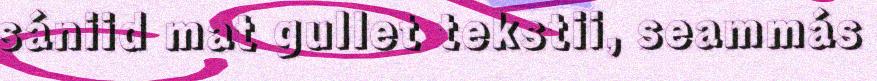
sániid mat gullet tekstii, seammás